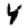
Digit: 4